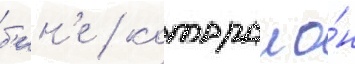
б'ин'е / которои о́н